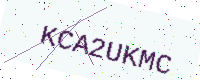
Text: KCA2UKMC